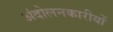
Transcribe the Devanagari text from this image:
अंदोलनकारीयों